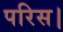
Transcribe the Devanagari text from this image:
परिस।